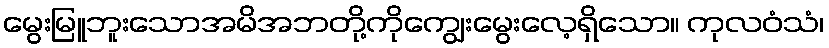
မွေးမြူဘူးသောအမိအဘတို့ကိုကျွေးမွေးလေ့ရှိသော။ ကုလဝံသံ၊